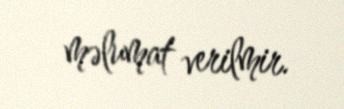
məlumat verilmir.